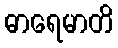
ဓာရေမာတိ